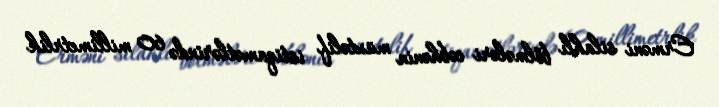
Erməni silahlı bölmələri cəbhənin müxtəlif istiqamətlərində 60 millimetrlik